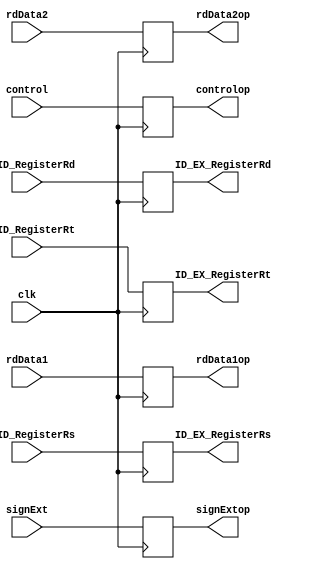
`timescale 1ns / 1ps
//////////////////////////////////////////////////////////////////////////////////
// Company: 
// Engineer: 
// 
// Design Name: 
// Module Name: ID_EX
// Project Name: 
// Target Devices: 
// Tool Versions: 
// Description: 
// 
// Dependencies: 
// 
// Revision:
// Revision 0.01 - File Created
// Additional Comments:
// 
//////////////////////////////////////////////////////////////////////////////////


module ID_EX(
input clk,
input [9:0] control,
input [31:0] signExt,
input [31:0] rdData1,
input [31:0] rdData2,
input [4:0] IF_ID_RegisterRs,
input [4:0] IF_ID_RegisterRt,
input [4:0] IF_ID_RegisterRd,
output reg [9:0] controlop,
output reg [31:0] signExtop,
output reg [31:0] rdData1op,
output reg [31:0] rdData2op,
output reg [4:0] ID_EX_RegisterRs,
output reg [4:0] ID_EX_RegisterRt,
output reg [4:0] ID_EX_RegisterRd
  );
 always @(posedge clk)
    controlop <= control;
 always @(posedge clk)
    signExtop <= signExt;
// always @(posedge clk)
//    slicetsop <= slicets;
// always @(posedge clk)
//    slicefeop <= slicefe;
 always @(posedge clk)   
    rdData1op <= rdData1;
 always @(posedge clk)
    rdData2op <= rdData2;
 always @(posedge clk)
    ID_EX_RegisterRs <= IF_ID_RegisterRs;
 always @(posedge clk)
    ID_EX_RegisterRt <= IF_ID_RegisterRt;
 always @(posedge clk)
    ID_EX_RegisterRd <= IF_ID_RegisterRd;

endmodule